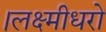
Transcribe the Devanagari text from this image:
।लक्ष्मीधरो